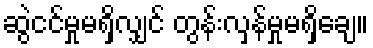
ဆွဲငင်မှုမရှိလျှင် တွန်းလှန်မှုမရှိချေ။